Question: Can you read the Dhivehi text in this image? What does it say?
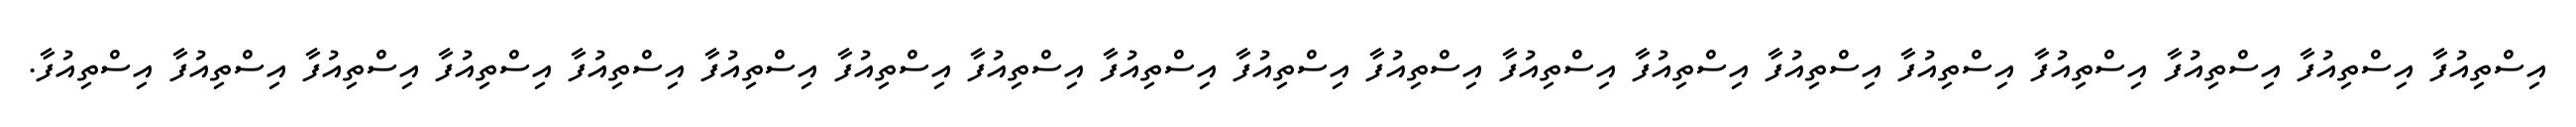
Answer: އިސްތިއުފާ އިސްތިއުފާ އިސްތިއުފާ އިސްތިއުފާ އިސްތިއުފާ އިސްތިއުފާ އިސްތިއުފާ އިސްތިއުފާ އިސްތިއުފާ އިސްތިއުފާ އިސްތިއުފާ އިސްތިއުފާ އިސްތިއުފާ އިސްތިއުފާ އިސްތިއުފާ އިސްތިއުފާ އިސްތިއުފާ އިސްތިއުފާ އިސްތިއުފާ.